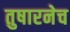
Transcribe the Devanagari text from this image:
तुषारनेच